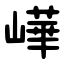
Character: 㠏